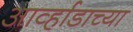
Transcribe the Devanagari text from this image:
आर्व्हाडाच्या